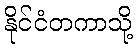
နိုင်ငံတကာသို့